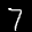
Label: 7